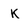
Character: K